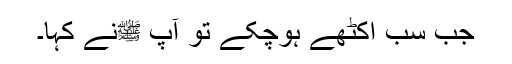
جب سب اکٹھے ہوچکے تو آپ ﷺنے کہا۔